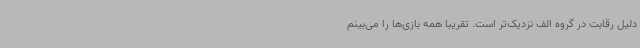
دلیل رقابت‌ در گروه الف نزدیک‌تر است. تقریبا همه بازی‌ها را می‌بینم